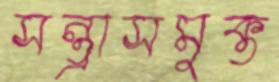
সন্ত্রাসমুক্ত